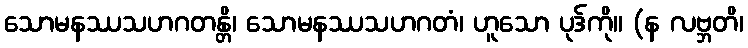
သောမနဿသဟဂတန္တိ၊ သောမနဿသဟဂတံ၊ ဟူသော ပုဒ်ကို။ (န လဗ္ဘတိ၊